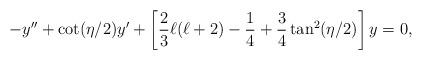
LaTeX: \begin{align*}-y''+\cot(\eta/2)y' +\left[\frac{2}{3}\ell(\ell+2)-\frac{1}{4}+\frac{3}{4}\tan^2(\eta/2)\right]y=0 ,\end{align*}